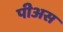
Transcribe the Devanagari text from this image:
पीअस